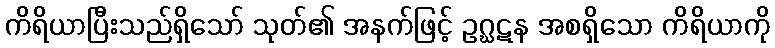
ကိရိယာပြီးသည်ရှိသော် သုတ်၏ အနက်ဖြင့် ဥဂ္ဃဋန အစရှိသော ကိရိယာကို